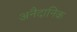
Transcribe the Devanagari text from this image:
अनैदानिक